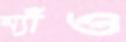
ম্যাঁও